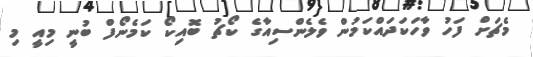
މެޗަށް ފަހު ވާހަކަދައްކަމުން ވެލެންސިއާގެ ކޯޗު ބޮއިކޯ ކަމެނޯފް ބުނީ މިއީ މި